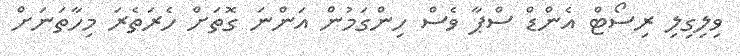
ވިލިގިލި ރިސޯޓް އެންޑް ސްޕާ ވެސް ހިންގަމުން އަންނަ ގޮތަށް ހެރަތެރަ މިހާތަނަށް